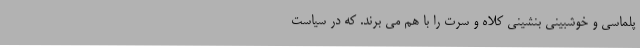
پلماسی و خوشبینی بنشینی کلاه و سرت را با هم می بَرَند. که در سیاست